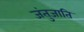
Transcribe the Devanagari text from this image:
जंतुजाति